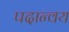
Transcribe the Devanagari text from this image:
पदान्वय